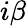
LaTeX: i\beta